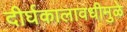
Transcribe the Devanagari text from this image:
दीर्घकालावधीमुळे